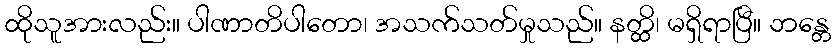
ထိုသူအားလည်း။ ပါဏာတိပါတော၊ အသက်သတ်မှုသည်။ နတ္ထိ၊ မရှိရာပြီ။ ဘန္တေ